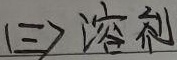
(三) 溶剂